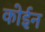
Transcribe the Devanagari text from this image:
कोईन